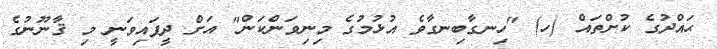
ޙައްދުގެ ކުށްތައް (ހ) "ހިނގާބިނގާވެ އުޅުމުގެ މިނިވަންކަން" އަށް ދީފައިވަނީ މި ޤާނޫނުގެ